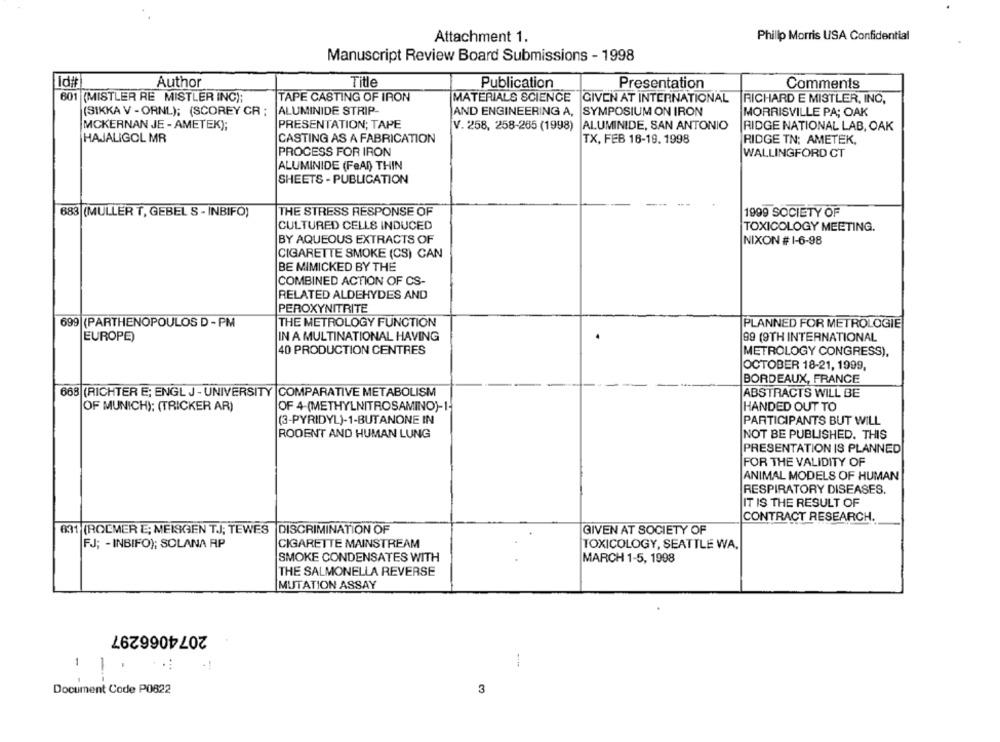
Attachment 1.
Phillip Morris USA Confidential
Manuscript Review Board Submissions - 1998
Idit
Author
Title
Publication
Presentation
Comments
601 (MISTLER RE MISTLER INC);
TAPE CASTING OF IRON
MATERIALS SCIENCE GIVEN AT INTERNATIONAL
RICHARD E MISTLER, INC,
(SIKKA V - ORNL); (SCOREY CR ;
ALUMINIDE STRIP-
SYMPOSIUM ON IRON
MORRISVILLE PA; OAK
AND ENGINEERING A,
MCKERNAN JE - AMETEK);
PRESENTATION; TAPE
V. 258, 258-285 (1998)
ALUMINIDE, SAN ANTONIO
RIDGE NATIONAL LAB, OAK
HAJALIGOL MR
CASTING AS A FABRICATION
TX, FEB 16-19. 1998
RIDGE TN; AMETEK,
PROCESS FOR IRON
WALLINGFORD CT
ALUMINIDE (FeAl) THIN
SHEETS - PUBLICATION
683 (MULLER T, GEBEL S - INBIFO)
THE STRESS RESPONSE OF
1999 SOCIETY OF
CULTURED CELLS INDUCED
TOXICOLOGY MEETING.
BY AQUEOUS EXTRACTS OF
NIXON # 1-6-98
CIGARETTE SMOKE (CS) CAN
BE MIMICKED BY THE
COMBINED ACTION OF CS-
RELATED ALDEHYDES AND
PEROXYNITRITE
699 (PARTHENOPOULOS D - PM
THE METROLOGY FUNCTION
PLANNED FOR METROLOGIE
EUROPE)
IN A MULTINATIONAL HAVING
89 (9TH INTERNATIONAL
40 PRODUCTION CENTRES
METROLOGY CONGRESS),
OCTOBER 18-21, 1999,
BORDEAUX, FRANCE
668 (RICHTER E; ENGL J - UNIVERSITY |COMPARATIVE METABOLISM
ABSTRACTS WILL BE
OF MUNICH); (TRICKER AR)
OF 4-(METHYLNITROSAMINO)-1-
HANDED OUT TO
(3-PYRIDYL)-1-BUTANONE IN
PARTICIPANTS BUT WILL
RODENT AND HUMAN LUNG
NOT BE PUBLISHED. THIS
PRESENTATION IS PLANNED
FOR THE VALIDITY OF
ANIMAL MODELS OF HUMAN
RESPIRATORY DISEASES.
IT IS THE RESULT OF
CONTRACT RESEARCH.
831 (ROEMER E; MEISGEN T.J; TEWES |DISCRIMINATION OF
GIVEN AT SOCIETY OF
FJ; - INBIFO); SOLANA AP
CIGARETTE MAINSTREAM
TOXICOLOGY, SEATTLE WA,
SMOKE CONDENSATES WITH
MARCH 1-5, 1998
THE SALMONELLA REVERSE
MUTATION ASSAY
2074066297
Document Code P0822
3